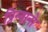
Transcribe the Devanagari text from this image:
प्रिन्यानो